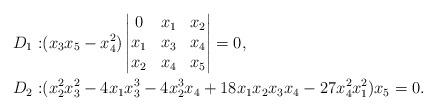
LaTeX: \begin{align*}D_1:& (x_3 x_5-x_4^2)\begin{vmatrix} 0 & x_1 & x_2 \\ x_1 & x_3 & x_4\\ x_2 & x_4 & x_5 \end{vmatrix}=0, \\D_2:&(x_2^2x_3^2-4x_1x_3^3-4x_2^3x_4+18x_1x_2x_3x_4-27x_4^2x_1^2)x_5=0.\end{align*}